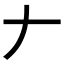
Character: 𠂇